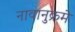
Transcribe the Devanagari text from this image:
नावानुक्रमे